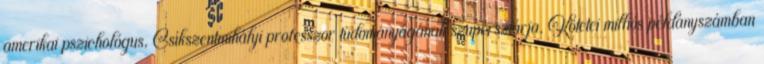
amerikai pszichológus, Csíkszentmihályi professzor tudományágának szupersztárja. Kötetei milliós példányszámban